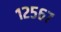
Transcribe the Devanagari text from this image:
१२५६७